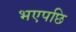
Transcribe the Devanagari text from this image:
भएपछि